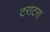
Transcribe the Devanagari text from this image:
टराटरा